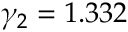
\gamma _ { 2 } = 1 . 3 3 2